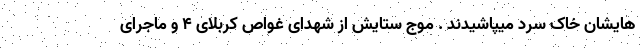
هایشان خاک سرد میپاشیدند . موج ستایش از شهدای غواص کربلای 4 و ماجرای